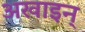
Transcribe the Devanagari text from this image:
अखाइन्